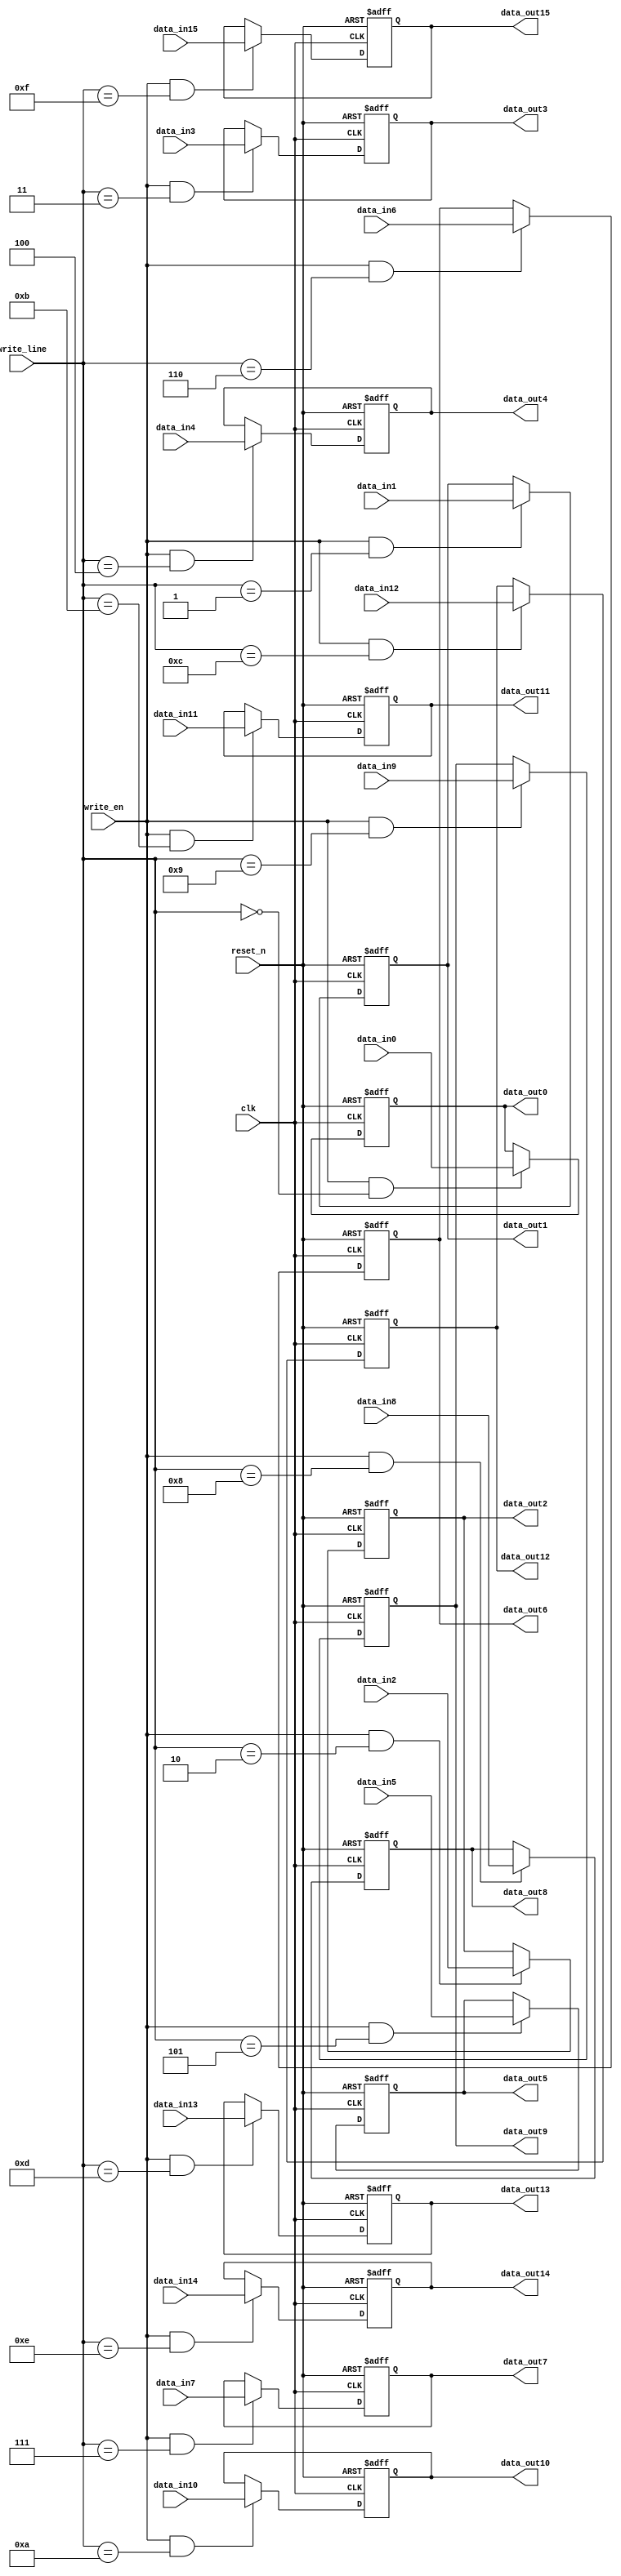
module reg32_ad(
input reset_n,
input clk,
input write_en,
input [3:0]write_line,
input wire[31:0]data_in0,data_in1,data_in2,data_in3,data_in4,data_in5,data_in6,data_in7,data_in8,data_in9,data_in10,data_in11,data_in12,data_in13,data_in14,data_in15,
output reg[31:0]data_out0,data_out1,data_out2,data_out3,data_out4,data_out5,data_out6,data_out7,data_out8,data_out9,data_out10,data_out11,data_out12,data_out13,data_out14,data_out15
);
wire sel0,sel1,sel2,sel3,sel4,sel5,sle6,sel7,sel8,sel9,sel10,sel11,sel12,sel13,sel14,sel15;

assign sel0=(write_line == 4'b0000);
assign sel1=(write_line == 4'b0001);
assign sel2=(write_line == 4'b0010);
assign sel3=(write_line == 4'b0011);
assign sel4=(write_line == 4'b0100);
assign sel5=(write_line == 4'b0101);
assign sel6=(write_line == 4'b0110);
assign sel7=(write_line == 4'b0111);
assign sel8=(write_line == 4'b1000);
assign sel9 =(write_line == 4'b1001);
assign sel10=(write_line == 4'b1010);
assign sel11=(write_line == 4'b1011);
assign sel12=(write_line == 4'b1100);
assign sel13=(write_line == 4'b1101);
assign sel14=(write_line == 4'b1110);
assign sel15=(write_line == 4'b1111);

always@ (posedge clk or negedge reset_n)
			begin
				if (!reset_n)
  					begin
    					data_out0<=32'b0;
  					end
				else
  					begin
    					if (write_en & sel0)
      						data_out0<=data_in0;
  					end
			end


  		always@ (posedge clk or negedge reset_n)
			begin
				if (!reset_n)
  					begin
    					data_out1<=32'b0;
  					end
				else
  					begin
    					if (write_en & sel1)
      						data_out1<=data_in1;
  					end
			end

  		always@ (posedge clk or negedge reset_n)
			begin
				if (!reset_n)
  					begin
    					data_out2<=32'b0;
  					end
				else
  					begin
    					if (write_en & sel2)
      						data_out2<=data_in2;
  					end
			end

  		always@ (posedge clk or negedge reset_n)
			begin
				if (!reset_n)
  					begin
    					data_out3<=32'b0;
  					end
				else
  					begin
    					if (write_en & sel3)
      						data_out3<=data_in3;
  					end
			end

  		always@ (posedge clk or negedge reset_n)
			begin
				if (!reset_n)
  					begin
    					data_out4<=32'b0;
  					end
				else
  					begin
    					if (write_en & sel4)
      						data_out4<=data_in4;
  					end
			end

  		always@ (posedge clk or negedge reset_n)
			begin
				if (!reset_n)
  					begin
    					data_out5<=32'b0;
  					end
				else
  					begin
    					if (write_en & sel5)
      						data_out5<=data_in5;
  					end
			end

  		always@ (posedge clk or negedge reset_n)
			begin
				if (!reset_n)
  					begin
    					data_out6<=32'b0;
  					end
				else
  					begin
    					if (write_en & sel6)
      						data_out6<=data_in6;
  					end
			end


  		always@ (posedge clk or negedge reset_n)
			begin
				if (!reset_n)
  					begin
    					data_out7<=32'b0;
  					end
				else
  					begin
    					if (write_en & sel7)
      						data_out7<=data_in7;
  					end
			end

  		always@ (posedge clk or negedge reset_n)
			begin
				if (!reset_n)
  					begin
    					data_out8<=32'b0;
  					end
				else
  					begin
    					if (write_en & sel8)
      						data_out8<=data_in8;
  					end
			end

  		always@ (posedge clk or negedge reset_n)
			begin
				if (!reset_n)
  					begin
    					data_out9<=32'b0;
  					end
				else
  					begin
    					if (write_en & sel9)
      						data_out9<=data_in9;
  					end
			end

  		always@ (posedge clk or negedge reset_n)
			begin
				if (!reset_n)
  					begin
    					data_out10<=32'b0;
  					end
				else
  					begin
    					if (write_en & sel10)
      						data_out10<=data_in10;
  						end
			end

  		always@ (posedge clk or negedge reset_n)
			begin
				if (!reset_n)
  					begin
    					data_out11<=32'b0;
  					end
				else
  					begin
    					if (write_en & sel11)
      						data_out11<=data_in11;
  					end
			end

  		always@ (posedge clk or negedge reset_n)
			begin
				if (!reset_n)
  					begin
    					data_out12<=32'b0;
  					end
				else
  					begin
    					if (write_en & sel12)
      						data_out12<=data_in12;
  					end
			end

  		always@ (posedge clk or negedge reset_n)
			begin
				if (!reset_n)
  					begin
    					data_out13<=32'b0;
  					end
				else
  					begin
    					if (write_en & sel13)
      						data_out13<=data_in13;
  					end
			end

  		always@ (posedge clk or negedge reset_n)
			begin
				if (!reset_n)
  					begin
    					data_out14<=32'b0;
  					end
				else
  					begin
    					if (write_en & sel14)
      						data_out14<=data_in14;
  						end
			end

  		always@ (posedge clk or negedge reset_n)
			begin
				if (!reset_n)
  					begin
    					data_out15<=32'b0;
  					end
				else
  					begin
    					if (write_en & sel15)
      						data_out15<=data_in15;
  					end
			end


endmodule